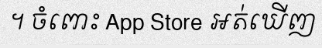
។ ចំពោះ App Store អត់ឃើញ